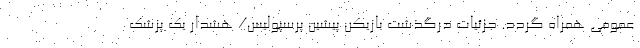
عمومی همراه گردد. جزئیات درگذشت بازیکن پیشین پرسپولیس/ هشدار یک پزشک